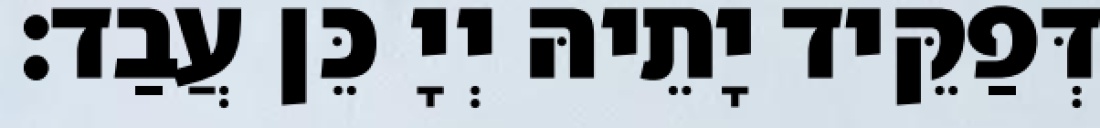
דְּפַקֵּיד יָתֵיהּ יְיָ כֵּן עֲבַד׃